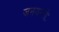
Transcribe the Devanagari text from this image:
जनयन्तीः